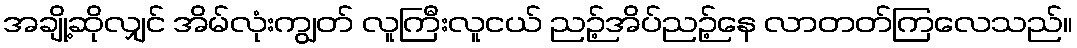
အချို့ဆိုလျှင် အိမ်လုံးကျွတ် လူကြီးလူငယ် ညဉ့်အိပ်ညဉ့်နေ လာတတ်ကြလေသည်။